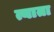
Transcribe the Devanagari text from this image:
त्याता